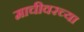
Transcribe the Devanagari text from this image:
माचीवरच्या